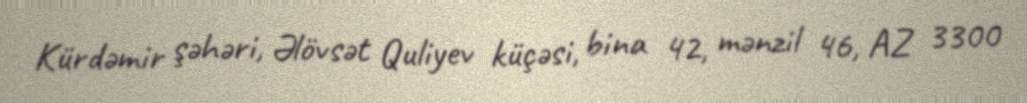
Kürdəmir şəhəri, Əlövsət Quliyev küçəsi, bina 42, mənzil 46, AZ 3300